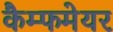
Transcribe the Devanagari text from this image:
कैम्फमेयर